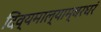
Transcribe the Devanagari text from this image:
दिव्यमाल्याम्बरधरं